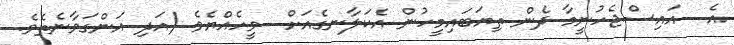
އެ  އައިސްޖެހުނީމާ ދެން ތިޔަބައިމީހުން އެކަލާނގެއަށް  ވީހެއްޔެވެ (އަދި އަންގަވާނެތެވެ.